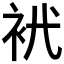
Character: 𧘵